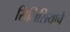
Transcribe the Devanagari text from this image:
सिलिसियाचे